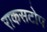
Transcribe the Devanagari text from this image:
राकसटोप